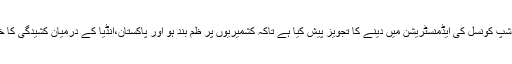
اور عرصہ دس سال کے لئے ریاست جموں وکشمیر کو اقوام متحدہ کی ٹرسٹی شپ کونسل کی ایڈمنسٹریشن میں دینے کا تجویز پیش کیا ہے تاکہ کشمیریوں پر ظم بند ہو اور پاکستان،انڈیا کے درمیان کشیدگی کا خاتمہ ممکن ہو اور کشمری اپنے مستقبل کا فیصلہ اپنی مرضی سے طے کریں۔